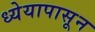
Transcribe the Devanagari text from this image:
ध्येयापासून